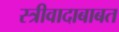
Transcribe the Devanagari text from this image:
स्त्रीवादाबाबत